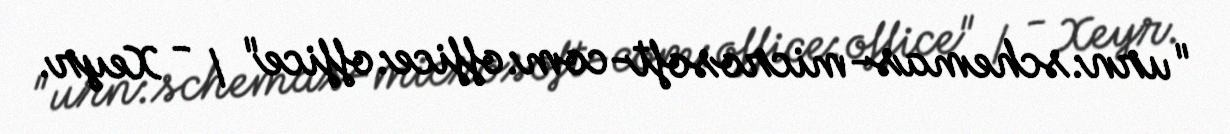
"urn:schemas-microsoft-com:office:office" / - Xeyr.